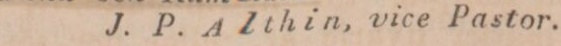
J. P. Althin, vice Pastor.